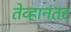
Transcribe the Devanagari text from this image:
तेव्हानंतर